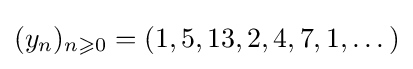
(y_{n})_{n\geqslant 0}=(1,5,13,2,4,7,1,\dots )